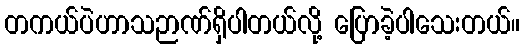
တကယ်ပဲဟာသဉာဏ်ရှိပါတယ်လို့ ပြောခဲ့ပါသေးတယ်။